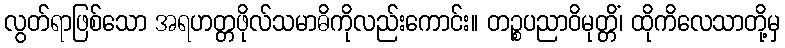
လွတ်ရာဖြစ်သော အရဟတ္တဖိုလ်သမာဓိကိုလည်းကောင်း။ တဉ္စပညာဝိမုတ္တိံ၊ ထိုကိလေသာတို့မှ